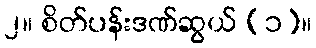
၂။ စိတ်ပန်းဒဏ်ဆွယ် (၁)။